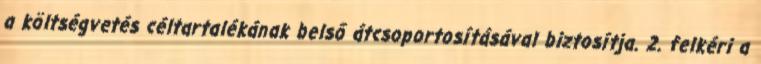
a költségvetés céltartalékának belső átcsoportosításával biztosítja. 2. felkéri a